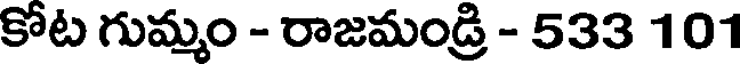
కోట గుమ్మం - రాజమండ్రి - 533 101